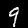
Digit: 9